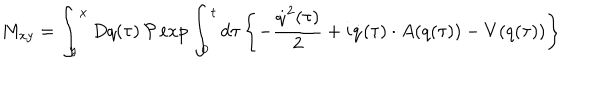
M _ { x y } = \int _ { y } ^ { x } D q ( \tau ) \, { \cal P } \exp \int _ { 0 } ^ { t } d \tau \left\{ - \frac { \dot { q } ^ { 2 } ( \tau ) } { 2 } + i \dot { q } ( \tau ) \cdot A ( q ( \tau ) ) - V ( q ( \tau ) ) \right\}